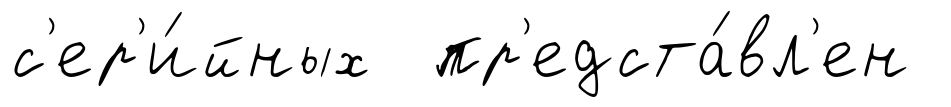
с'ер'и́йных пр'едста́вл'ен